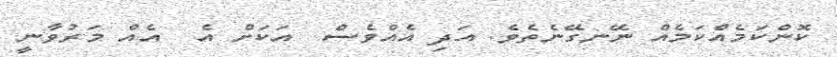
ކޮންކަމެއްކަމެއް ނޭނގޭނެތެވެ. އަދި އެއްވެސް  އަކަށް އެ  އެއް މަރުވާނީ